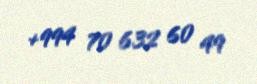
+994 70 632 60 49